Vaccination North-Western Provinces and Oudh 1878-1895 - 1878-1895
Year: 1878
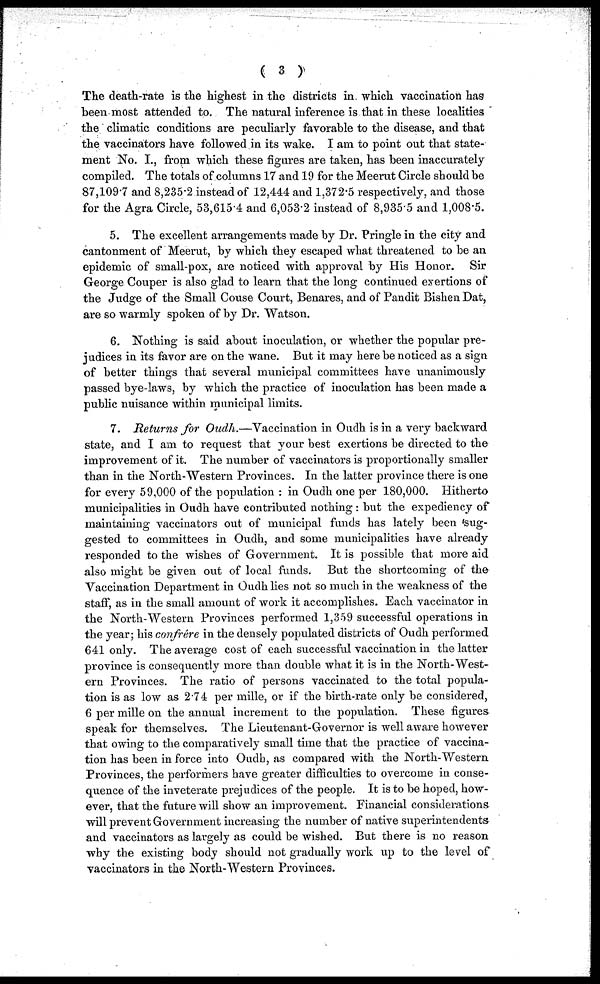
( 3 )
The death-rate is the highest in the districts in which vaccination has
been most attended to. The natural inference is that in these localities
the climatic conditions are peculiarly favorable to the disease, and that
the vaccinators have followed in its wake. I am to point out that state-
ment No. I., from which these figures are taken, has been inaccurately
compiled. The totals of columns 17 and 19 for the Meerut Circle should be
87,109.7 and 8,235.2 instead of 12,444 and 1,372.5 respectively, and those
for the Agra Circle, 53,615.4 and 6,053.2 instead of 8,935.5 and 1,008.5.
5. The excellent arrangements made by Dr. Pringle in the city and
cantonment of Meerut, by which they escaped what threatened to be an
epidemic of small-pox, are noticed with approval by His Honor. Sir
George Couper is also glad to learn that the long continued exertions of
the Judge of the Small Couse Court, Benares, and of Pandit Bishen Dat,
are so warmly spoken of by Dr. Watson.
6. Nothing is said about inoculation, or whether the popular pre-
judices in its favor are on the wane. But it may here be noticed as a sign
of better things that several municipal committees have unanimously
passed bye-laws, by which the practice of inoculation has been made a
public nuisance within municipal limits.
7. Returns for Oudh.—Vaccination in Oudh is in a very backward
state, and I am to request that your best exertions be directed to the
improvement of it. The number of vaccinators is proportionally smaller
than in the North-Western Provinces. In the latter province there is one
for every 59,000 of the population : in Oudh one per 180,000. Hitherto
municipalities in Oudh have contributed nothing : but the expediency of
maintaining vaccinators out of municipal funds has lately been sug-
gested to committees in Oudh, and some municipalities have already
responded to the wishes of Government. It is possible that more aid
also might be given out of local funds. But the shortcoming of the
Vaccination Department in Oudh lies not so much in the weakness of the
staff, as in the small amount of work it accomplishes. Each vaccinator in
the North-Western Provinces performed 1,359 successful operations in
the year; his confrére in the densely populated districts of Oudh performed
641 only. The average cost of each successful vaccination in the latter
province is consequently more than double what it is in the North-West-
ern Provinces. The ratio of persons vaccinated to the total popula-
tion is as low as 2.74 per mille, or if the birth-rate only be considered,
6 per mille on the annual increment to the population. These figures
speak for themselves. The Lieutenant-Governor is well aware however
that owing to the comparatively small time that the practice of vaccina-
tion has been in force into Oudh, as compared with the North-Western
Provinces, the performers have greater difficulties to overcome in conse-
quence of the inveterate prejudices of the people. It is to be hoped, how-
ever, that the future will show an improvement. Financial considerations
will prevent Government increasing the number of native superintendents
and vaccinators as largely as could be wished. But there is no reason
why the existing body should not gradually work up to the level of
vaccinators in the North-Western Provinces.